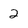
Character: 2